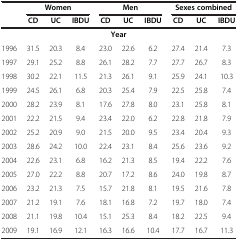
<table><thead><tr><td><b> </b></td><td colspan="3"><b>Women</b></td><td colspan="3"><b>Men</b></td><td colspan="3"><b>Sexes combined</b></td></tr><tr><td><b> </b></td><td><b>CD</b></td><td><b>UC</b></td><td><b>IBDU</b></td><td><b>CD</b></td><td><b>UC</b></td><td><b>IBDU</b></td><td><b>CD</b></td><td><b>UC</b></td><td><b>IBDU</b></td></tr></thead><tbody><tr><td colspan="10"><b>Year</b></td></tr><tr><td>1996</td><td>31.5</td><td>20.3</td><td>8.4</td><td>23.0</td><td>22.6</td><td>6.2</td><td>27.4</td><td>21.4</td><td>7.3</td></tr><tr><td>1997</td><td>29.1</td><td>25.2</td><td>8.8</td><td>26.1</td><td>28.2</td><td>7.7</td><td>27.7</td><td>26.7</td><td>8.3</td></tr><tr><td>1998</td><td>30.2</td><td>22.1</td><td>11.5</td><td>21.3</td><td>26.1</td><td>9.1</td><td>25.9</td><td>24.1</td><td>10.3</td></tr><tr><td>1999</td><td>24.5</td><td>26.1</td><td>6.8</td><td>20.3</td><td>25.4</td><td>7.9</td><td>22.5</td><td>25.8</td><td>7.4</td></tr><tr><td>2000</td><td>28.2</td><td>23.9</td><td>8.1</td><td>17.6</td><td>27.8</td><td>8.0</td><td>23.1</td><td>25.8</td><td>8.1</td></tr><tr><td>2001</td><td>22.2</td><td>21.5</td><td>9.4</td><td>23.4</td><td>22.0</td><td>6.2</td><td>22.8</td><td>21.8</td><td>7.9</td></tr><tr><td>2002</td><td>25.2</td><td>20.9</td><td>9.0</td><td>21.5</td><td>20.0</td><td>9.5</td><td>23.4</td><td>20.4</td><td>9.3</td></tr><tr><td>2003</td><td>28.6</td><td>24.2</td><td>10.0</td><td>22.4</td><td>23.1</td><td>8.4</td><td>25.6</td><td>23.6</td><td>9.2</td></tr><tr><td>2004</td><td>22.6</td><td>23.1</td><td>6.8</td><td>16.2</td><td>21.3</td><td>8.5</td><td>19.4</td><td>22.2</td><td>7.6</td></tr><tr><td>2005</td><td>27.0</td><td>22.2</td><td>8.8</td><td>20.7</td><td>17.2</td><td>8.6</td><td>24.0</td><td>19.8</td><td>8.7</td></tr><tr><td>2006</td><td>23.2</td><td>21.3</td><td>7.5</td><td>15.7</td><td>21.8</td><td>8.1</td><td>19.5</td><td>21.6</td><td>7.8</td></tr><tr><td>2007</td><td>21.2</td><td>19.1</td><td>7.6</td><td>18.1</td><td>16.8</td><td>7.2</td><td>19.7</td><td>18.0</td><td>7.4</td></tr><tr><td>2008</td><td>21.1</td><td>19.8</td><td>10.4</td><td>15.1</td><td>25.3</td><td>8.4</td><td>18.2</td><td>22.5</td><td>9.4</td></tr><tr><td>2009</td><td>19.1</td><td>16.9</td><td>12.1</td><td>16.3</td><td>16.6</td><td>10.4</td><td>17.7</td><td>16.7</td><td>11.3</td></tr></tbody></table>